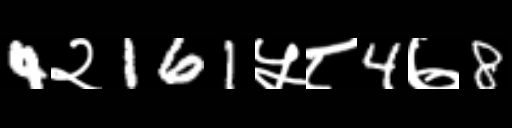
Text: 4२161५८4७8